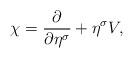
LaTeX: \begin{align*}\chi = \frac {\partial} {\partial \eta^\sigma} + \eta^\sigma V,\end{align*}